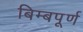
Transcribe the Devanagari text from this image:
बिम्बपूर्ण